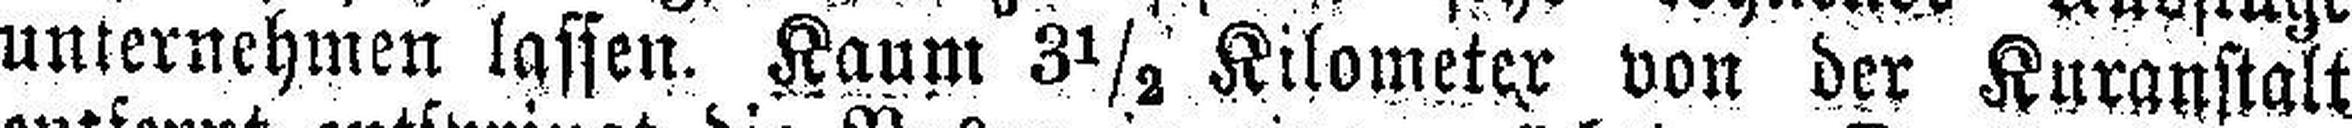
unternehmen lassen. Kaum 31/2 Kilometer von der Kuranstalt